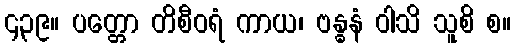
၄၃၉။ ပတ္တော တိစီဝရံ ကာယ၊ ဗန္ဓနံ ဝါသိ သူစိ စ။